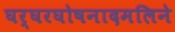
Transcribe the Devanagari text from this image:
घर्घरघोषनादमलिने